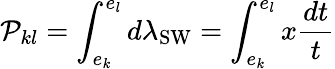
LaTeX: {\cal P}_{kl}=\int_{e_{k}}^{e_{l}}d\lambda_{\mathrm{SW}}=\int_{e_{k}}^{e_{l}}x\frac{dt}{t}